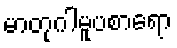
မာတုဂါမူပစာရော